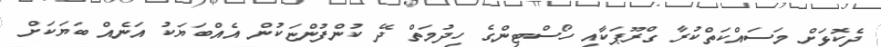
ދެކޮޅަށް މަސައްކަތްކުރާ ގްރޫޕަކާއި ހޯސްޓިންގެ ހިދުމަތް ދޭ ކުންފުންޏަކުން އެއްބަޔަކު އަނެއް ބަޔަކަށް